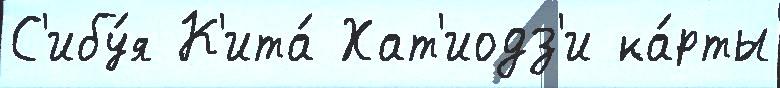
С'ибу́я К'ита́ Хат'иодз'и ка́рты